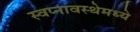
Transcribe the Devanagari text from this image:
स्वप्नावस्थेमध्ये